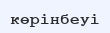
көрінбеуі